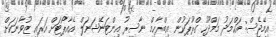
އިމޭޖެސް: އަހްމަދު މަމްދޫހު ގްރޫޕަކުން އިބްރާހިމް ނާސިރު އިންޓަނޭޝަނަލް އެއާޕޯޓަށް އަރައި ޒުވާނަކަށް